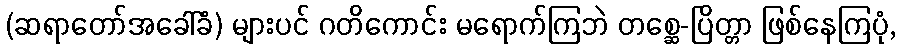
(ဆရာတော်အခေါ်ခံ) များပင် ဂတိကောင်း မရောက်ကြဘဲ တစ္ဆေ-ပြိတ္တာ ဖြစ်နေကြပုံ,